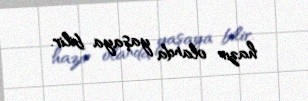
hazır olanda yaşaya bilir.